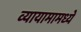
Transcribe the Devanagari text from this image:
व्यायामामध्ये